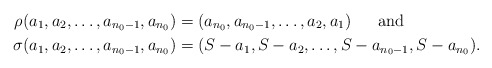
\begin{align*}\rho(a_1,a_2,\ldots,a_{n_0 -1},a_{n_0}) &= (a_{n_0}, a_{n_0 -1},\ldots,a_2,a_1) \mbox{ \ \ \ \ and } \\\sigma(a_1,a_2,\ldots,a_{n_0 -1},a_{n_0}) &= (S- a_1,S- a_2,\ldots,S- a_{n_0 -1},S- a_{n_0}).\end{align*}